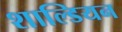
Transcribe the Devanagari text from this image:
शाल्डियन